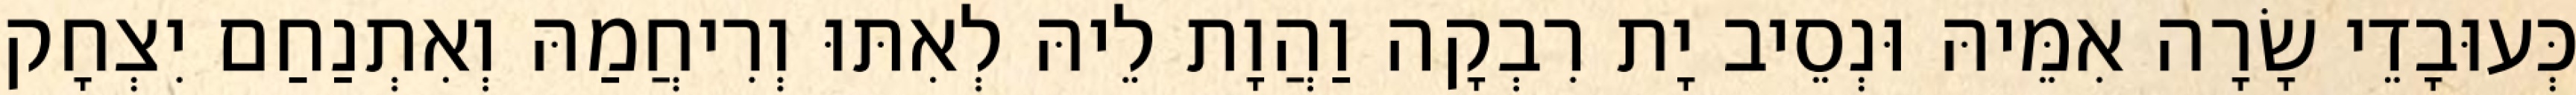
כְּעוּבָדֵי שָׂרָה אִמֵּיהּ וּנְסֵיב יָת רִבְקָה וַהֲוָת לֵיהּ לְאִתּוּ וְרִיחֲמַהּ וְאִתְנַחַם יִצְחָק